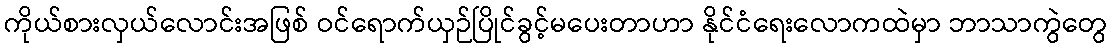
ကိုယ်စားလှယ်လောင်းအဖြစ် ဝင်ရောက်ယှဉ်ပြိုင်ခွင့်မပေးတာဟာ နိုင်ငံရေးလောကထဲမှာ ဘာသာကွဲတွေ